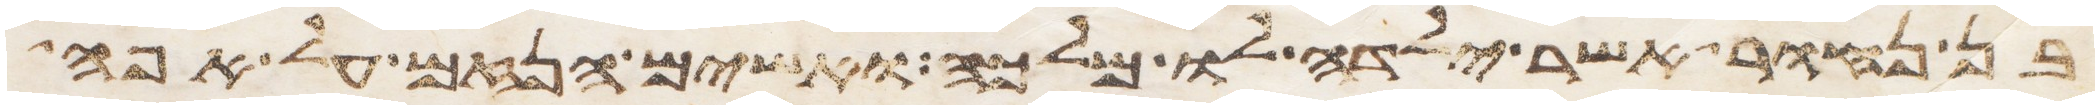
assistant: בן נחור אשר ילדה לו מלכה ואשים הנזם על אפה